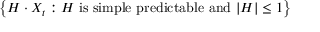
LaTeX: \left\{ H \cdot X _ { t } : H \mathrm { { \ i s \ s i m p l e \ p r e d i c t a b l e \ a n d \ } } | H | \leq 1 \right\}